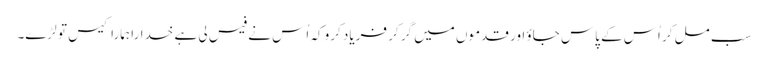
سب مل کر اُس کے پاس جاؤ اور قدموں میں گر کر فریاد کرو کہ اُس نے فیس لی ہے خدارا ہمارا کیس تو لڑے۔